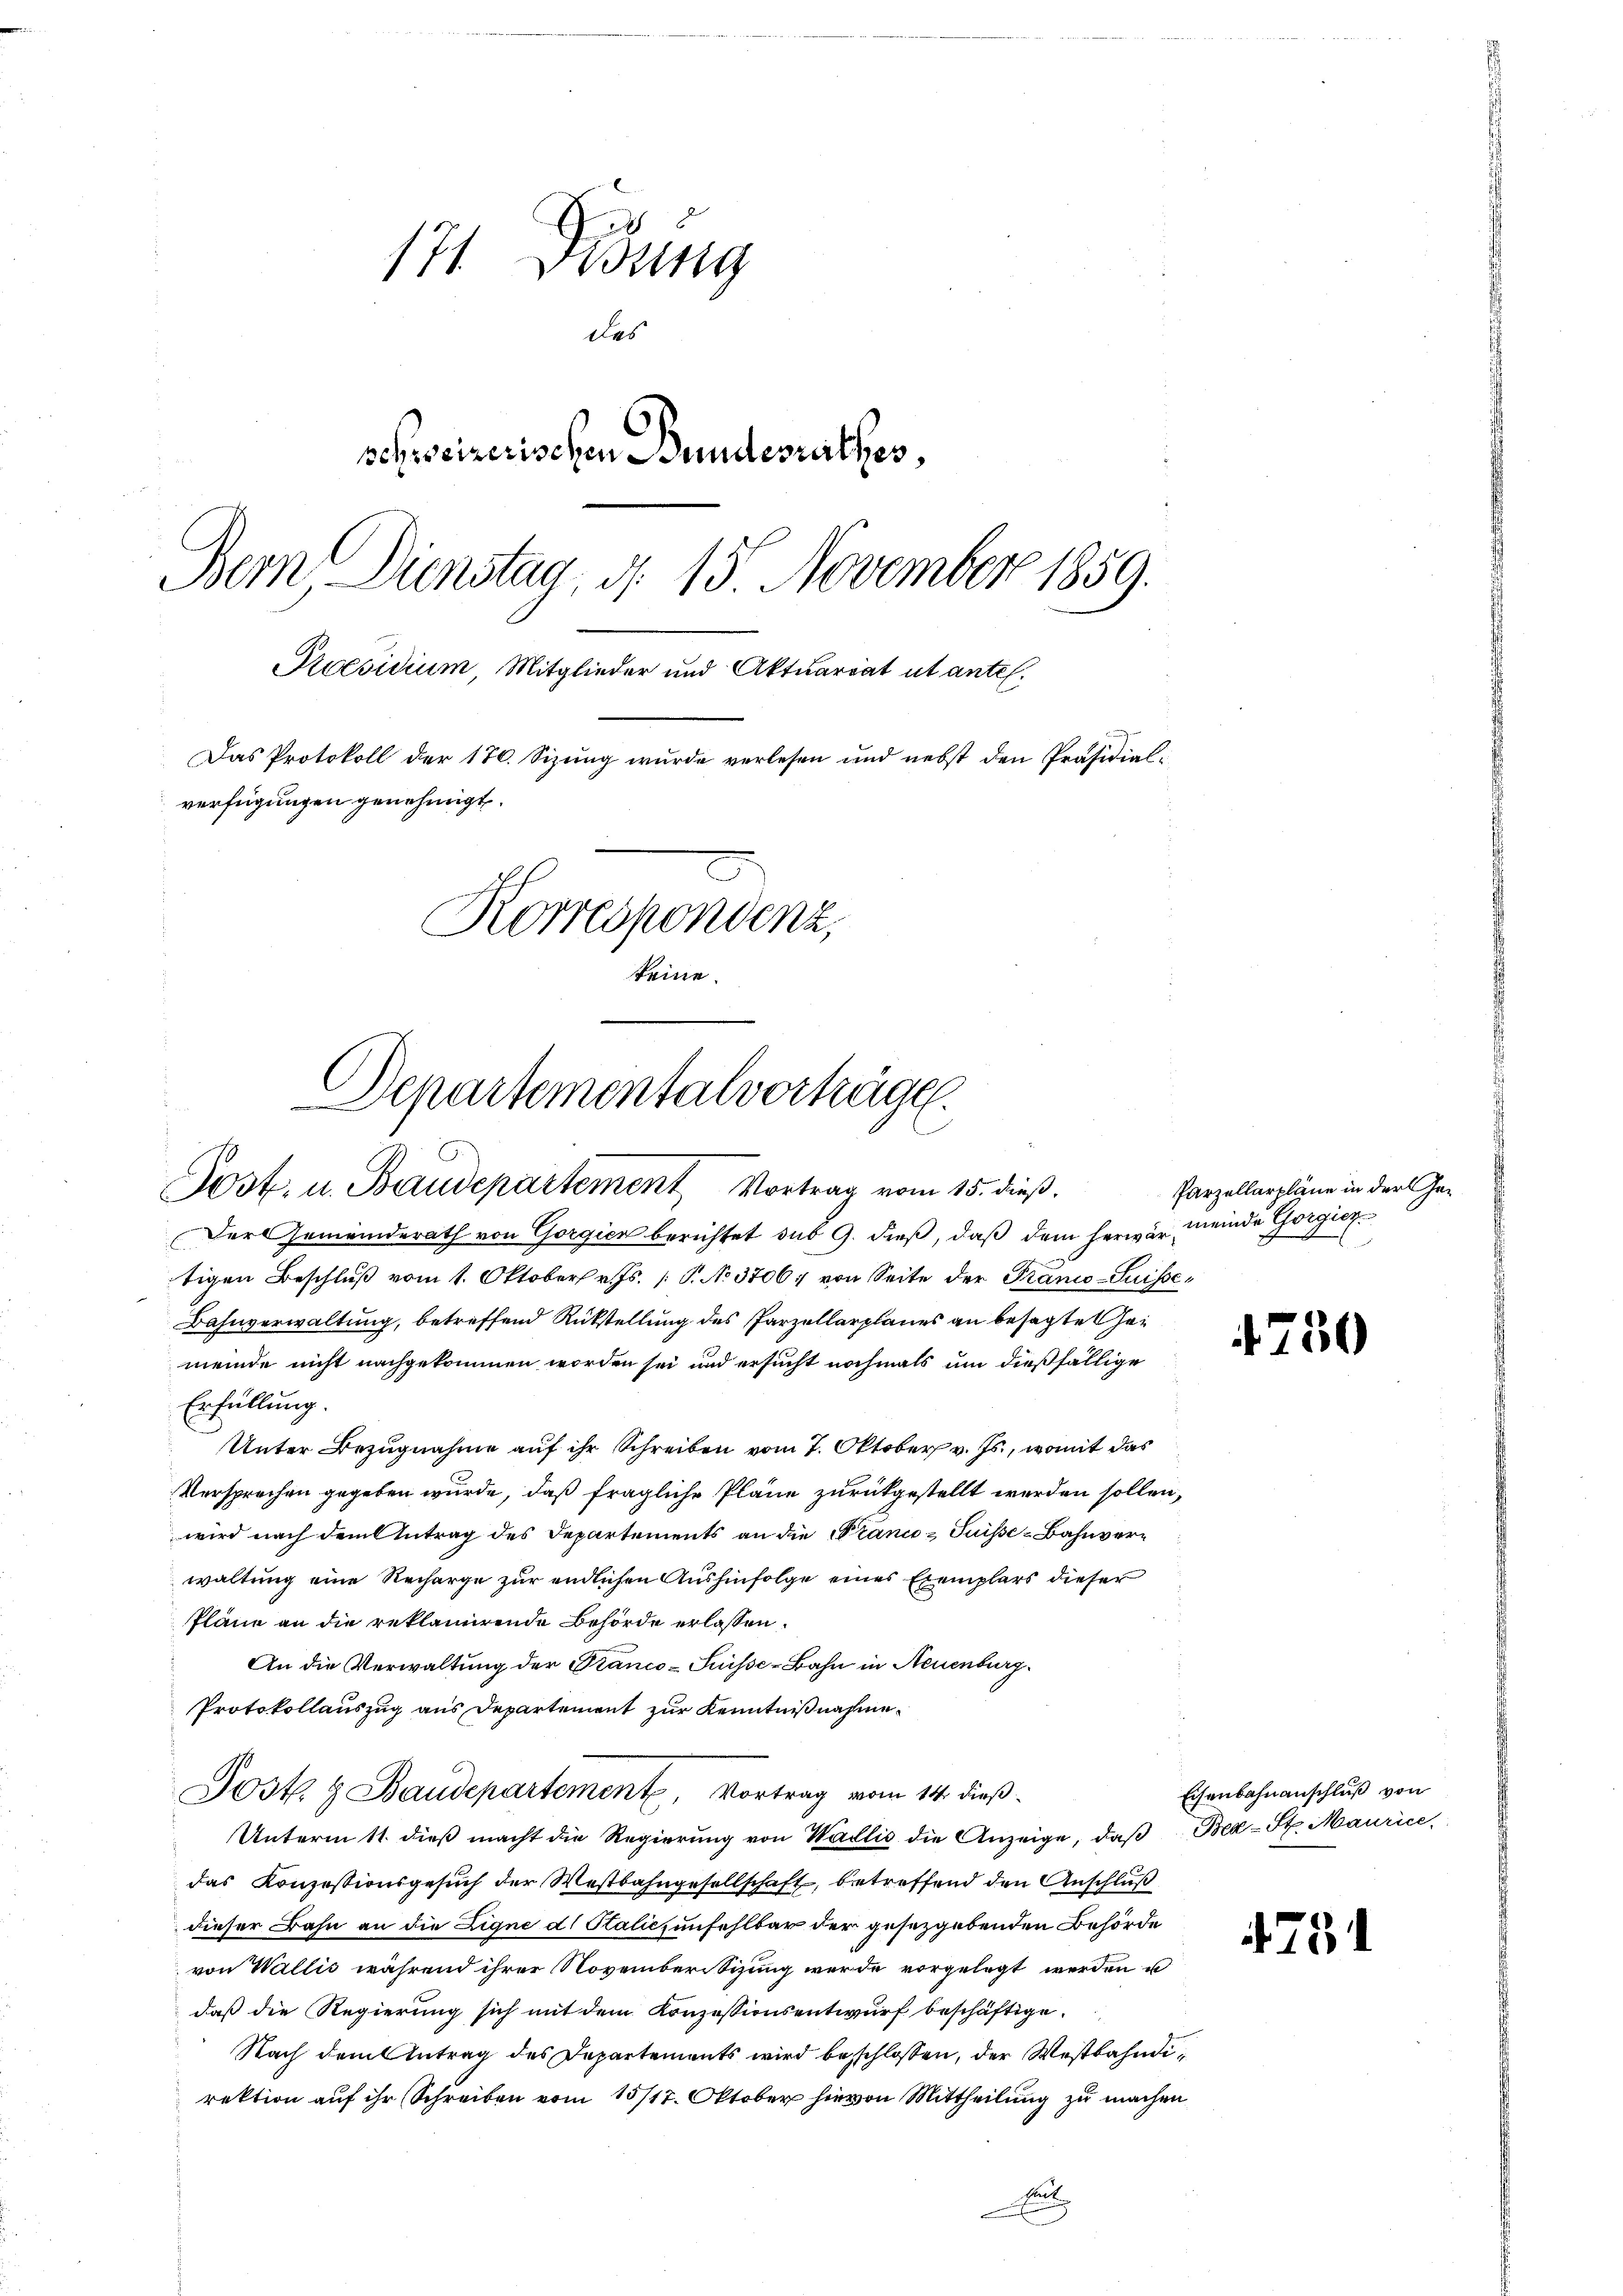
171. Disung
das
schweizerischen Bundesrathes
Bern Dienstag, d. 15 November 1859.
Preesidium, Mitglieder und Aktuariat ut antel¬
Das Protokoll der 176. Sizung wurde verlesen und nebst den Präsidialverfügungen genehmigt.
Korrespondenz,
keine.

Der Gemeinderath von Gorgica berichtet sub 9. dieß, daß dem herwär, meinde Gorgier
tigen Beschluß vom 1. Oktober v. Js. [S. No 3706; von Seite der Franco-Suisse¬
Bahnverwaltung, betreffend Rückstellung des Parzellarplanes an besagte Heimeinde nicht nachgekommen worden sei und ersucht nochmals um dießfällige
Erfüllung.
Unter Bezugnahme auf ihr Schreiben vom 7. Oktober v. Js., womit das
Versprechen gegeben wurde, daß fragliche Pläne zurückgestellt werden sollen,
wird nach dem Antrag des Departements an die Planco- Puisse-Bahnverwaltung eine Recharge zur endlichen Aushinfolge eines Exemplars dieser
Pläne an die reklamirende Behörde erlassen.
An die Verwaltung der Franco-Suisse-Bahn in Neuenburg
Protokollauszug aus Departement zur Kenntnißnahme
Jost z Baudepartement, Vortrag vom 14. dieß.
Unterm 11. dieß macht die Regierung von Wallis die Anzeige, daß Bex-St. Maurice,
das Konzessionsgesuch der Westbahngesellschaft, betreffend den Anschluß
dieser Bahn an die Eigne di Paliczunfehlbar der gesetzgebenden Behörde
von Wallis während ihrer Novemberisizung wurde vorgelegt werden u
daß die Regierung sich mit dem Konzessionsentwurf beschäftige.
Nach dem Antrag des Departements wird beschlossen, der Westbahndirektion auf ihr Schreiben vom 15/17. Oktober hievon Mittheilung zu machen
Eint

Departementalvorträge.
Post. u. Baudepartement Vortrag vom 15. dieß.

Parzellarpläne in der Ge¬

i

50

475

Eisenbahnanschluß von